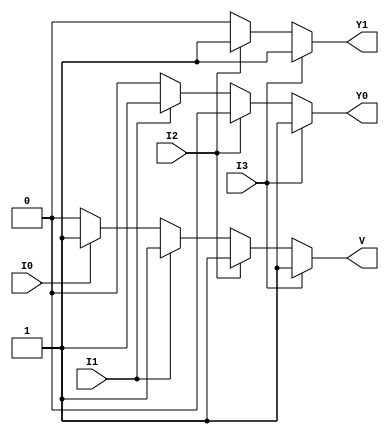
module priority_encoder (
    input wire I3, // Highest priority input
    input wire I2, // Second highest priority input
    input wire I1, // Third highest priority input
    input wire I0, // Lowest priority input
    output reg Y1, // Output bit 1
    output reg Y0, // Output bit 0
    output reg V   // Valid output
);

always @(*) begin
    // Default outputs
    Y1 = 1'b0;
    Y0 = 1'b0;
    V = 1'b0; // Invalid by default

    // Check inputs in order of priority
    if (I3) begin
        Y1 = 1'b1;
        Y0 = 1'b1;
        V = 1'b1; // At least one input is active
    end else if (I2) begin
        Y1 = 1'b1;
        Y0 = 1'b0;
        V = 1'b1; // At least one input is active
    end else if (I1) begin
        Y1 = 1'b0;
        Y0 = 1'b1;
        V = 1'b1; // At least one input is active
    end else if (I0) begin
        Y1 = 1'b0;
        Y0 = 1'b0;
        V = 1'b1; // At least one input is active
    end else begin
        // If all inputs are inactive
        Y1 = 1'b0;
        Y0 = 1'b0;
        V = 1'b0; // No valid input
    end
end

endmodule